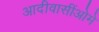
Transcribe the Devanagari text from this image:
आदीवासींओमे